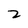
Character: 2